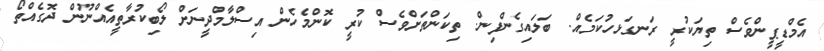
އެމްޑީޕީންވެސް ތިޔަކުރީ ރަނގަޅހުކަމެއް. ބަލައިގެންފިން. ތިކަންތަށްވެސް ކުރީ ކޮންމެހެން އިސްލާމްދީނަށް ލޯބިކުރާތީއެއްނޫން ދޮގެއްތޯ